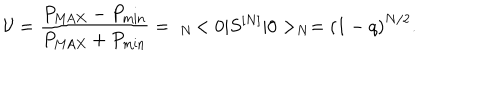
{ \cal V } = \frac { P _ { \mathrm { M A X } } - P _ { \mathrm { m i n } } } { P _ { \mathrm { M A X } } + P _ { \mathrm { m i n } } } = \; _ { N } \! < 0 \vert S ^ { [ N ] } \vert 0 > _ { N } = \left( 1 - q \right) ^ { N / 2 } .